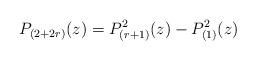
LaTeX: \begin{align*} P_{(2+2r)} (z) = P_{(r+1)}^2 (z) -P_{(1)}^2(z)\end{align*}